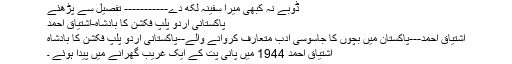
ڈوبے نہ کبھی میرا سفینہ لکھ دے----------- تفصیل سے پڑھئے
پاکستانی اردو پلپ فکشن کا بادشاہ-اشتیاق احمد
اشتیاق احمد---پاکستان میں بچوں کا جاسوسی ادب متعارف کروانے والے--پاکستانی اردو پلپ فکشن کا بادشاہ
اشتیاق احمد 1944 میں پانی پت کے ایک غریب گھرانے میں پیدا ہوئے ۔